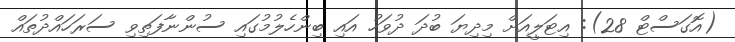
(އޮގަސްޓް 28): އިޓަލީއަށް މިދިޔަ ބުދަ ދުވަހު އައި ބިންހެލުމުގައި ސުންނާފަތިވި ސަރަހައްދުތައް